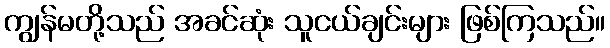
ကျွန်မတို့သည် အခင်ဆုံး သူငယ်ချင်းများ ဖြစ်ကြသည်။